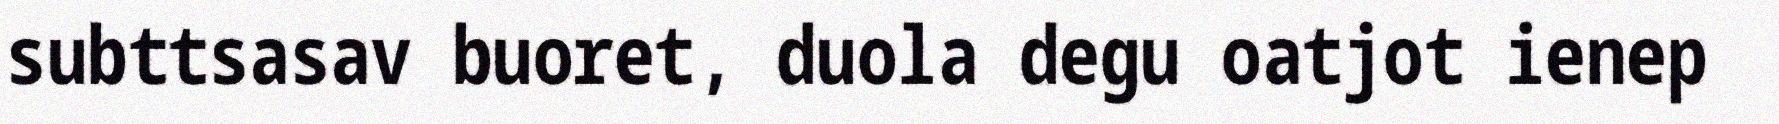
subttsasav buoret, duola degu oatjot ienep